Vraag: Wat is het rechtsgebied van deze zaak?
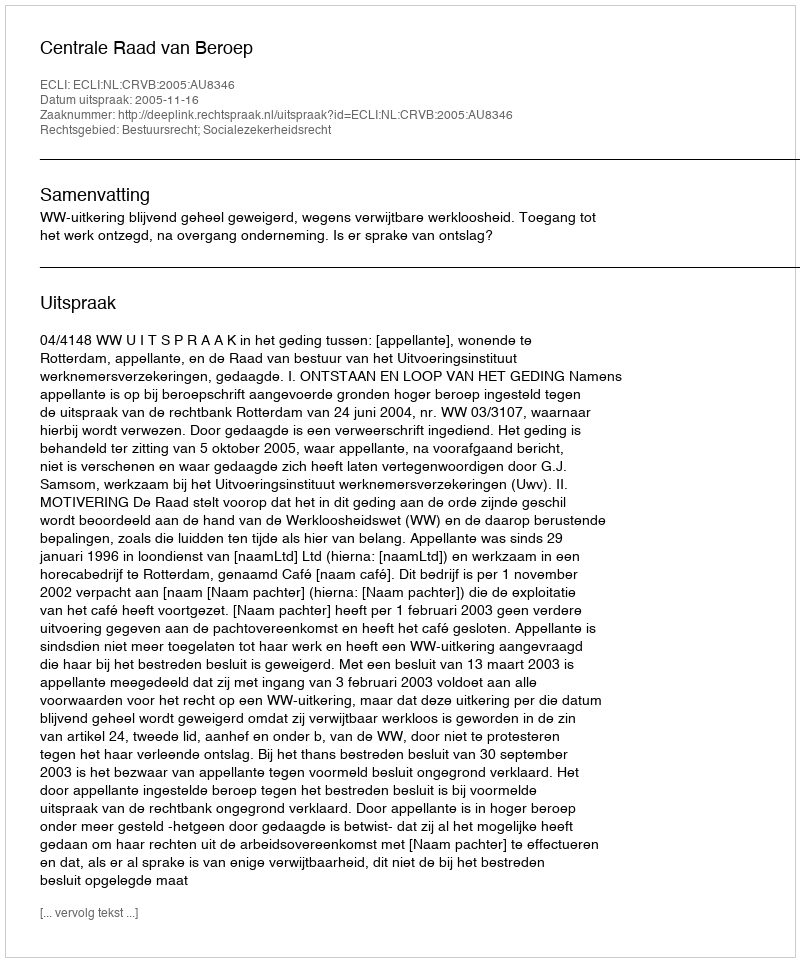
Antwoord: Bestuursrecht; Socialezekerheidsrecht